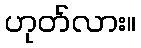
ဟုတ်လား။